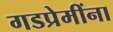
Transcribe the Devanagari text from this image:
गडप्रेमींना